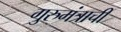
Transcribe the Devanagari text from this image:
गुरुमंत्राची